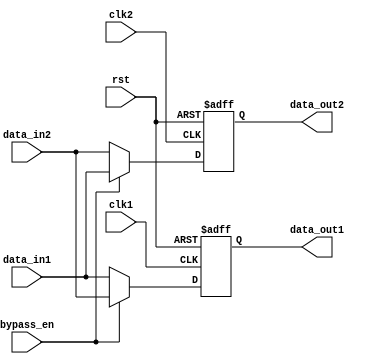
module DualPortBypassReg (
    input clk1, // Clock for first domain
    input clk2, // Clock for second domain
    input rst, // Reset signal
    input [15:0] data_in1, // Input data for first domain
    input [15:0] data_in2, // Input data for second domain
    input bypass_en, // Bypass enable signal
    output reg [15:0] data_out1, // Output data for first domain
    output reg [15:0] data_out2 // Output data for second domain
);

reg [15:0] reg1, reg2;

always @(posedge clk1 or posedge rst) begin
    if (rst) begin
        reg1 <= 16'd0;
    end else begin
        if (bypass_en) begin
            reg1 <= data_in2;
        end else begin
            reg1 <= data_in1;
        end
    end
end

always @(posedge clk2 or posedge rst) begin
    if (rst) begin
        reg2 <= 16'd0;
    end else begin
        if (bypass_en) begin
            reg2 <= data_in1;
        end else begin
            reg2 <= data_in2;
        end
    end
end

assign data_out1 = reg1;
assign data_out2 = reg2;

endmodule